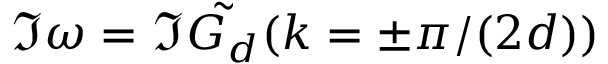
\Im \omega = \Im \tilde { G _ { d } } ( k = \pm \pi / ( 2 d ) )